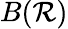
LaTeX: B(\mathcal{R})